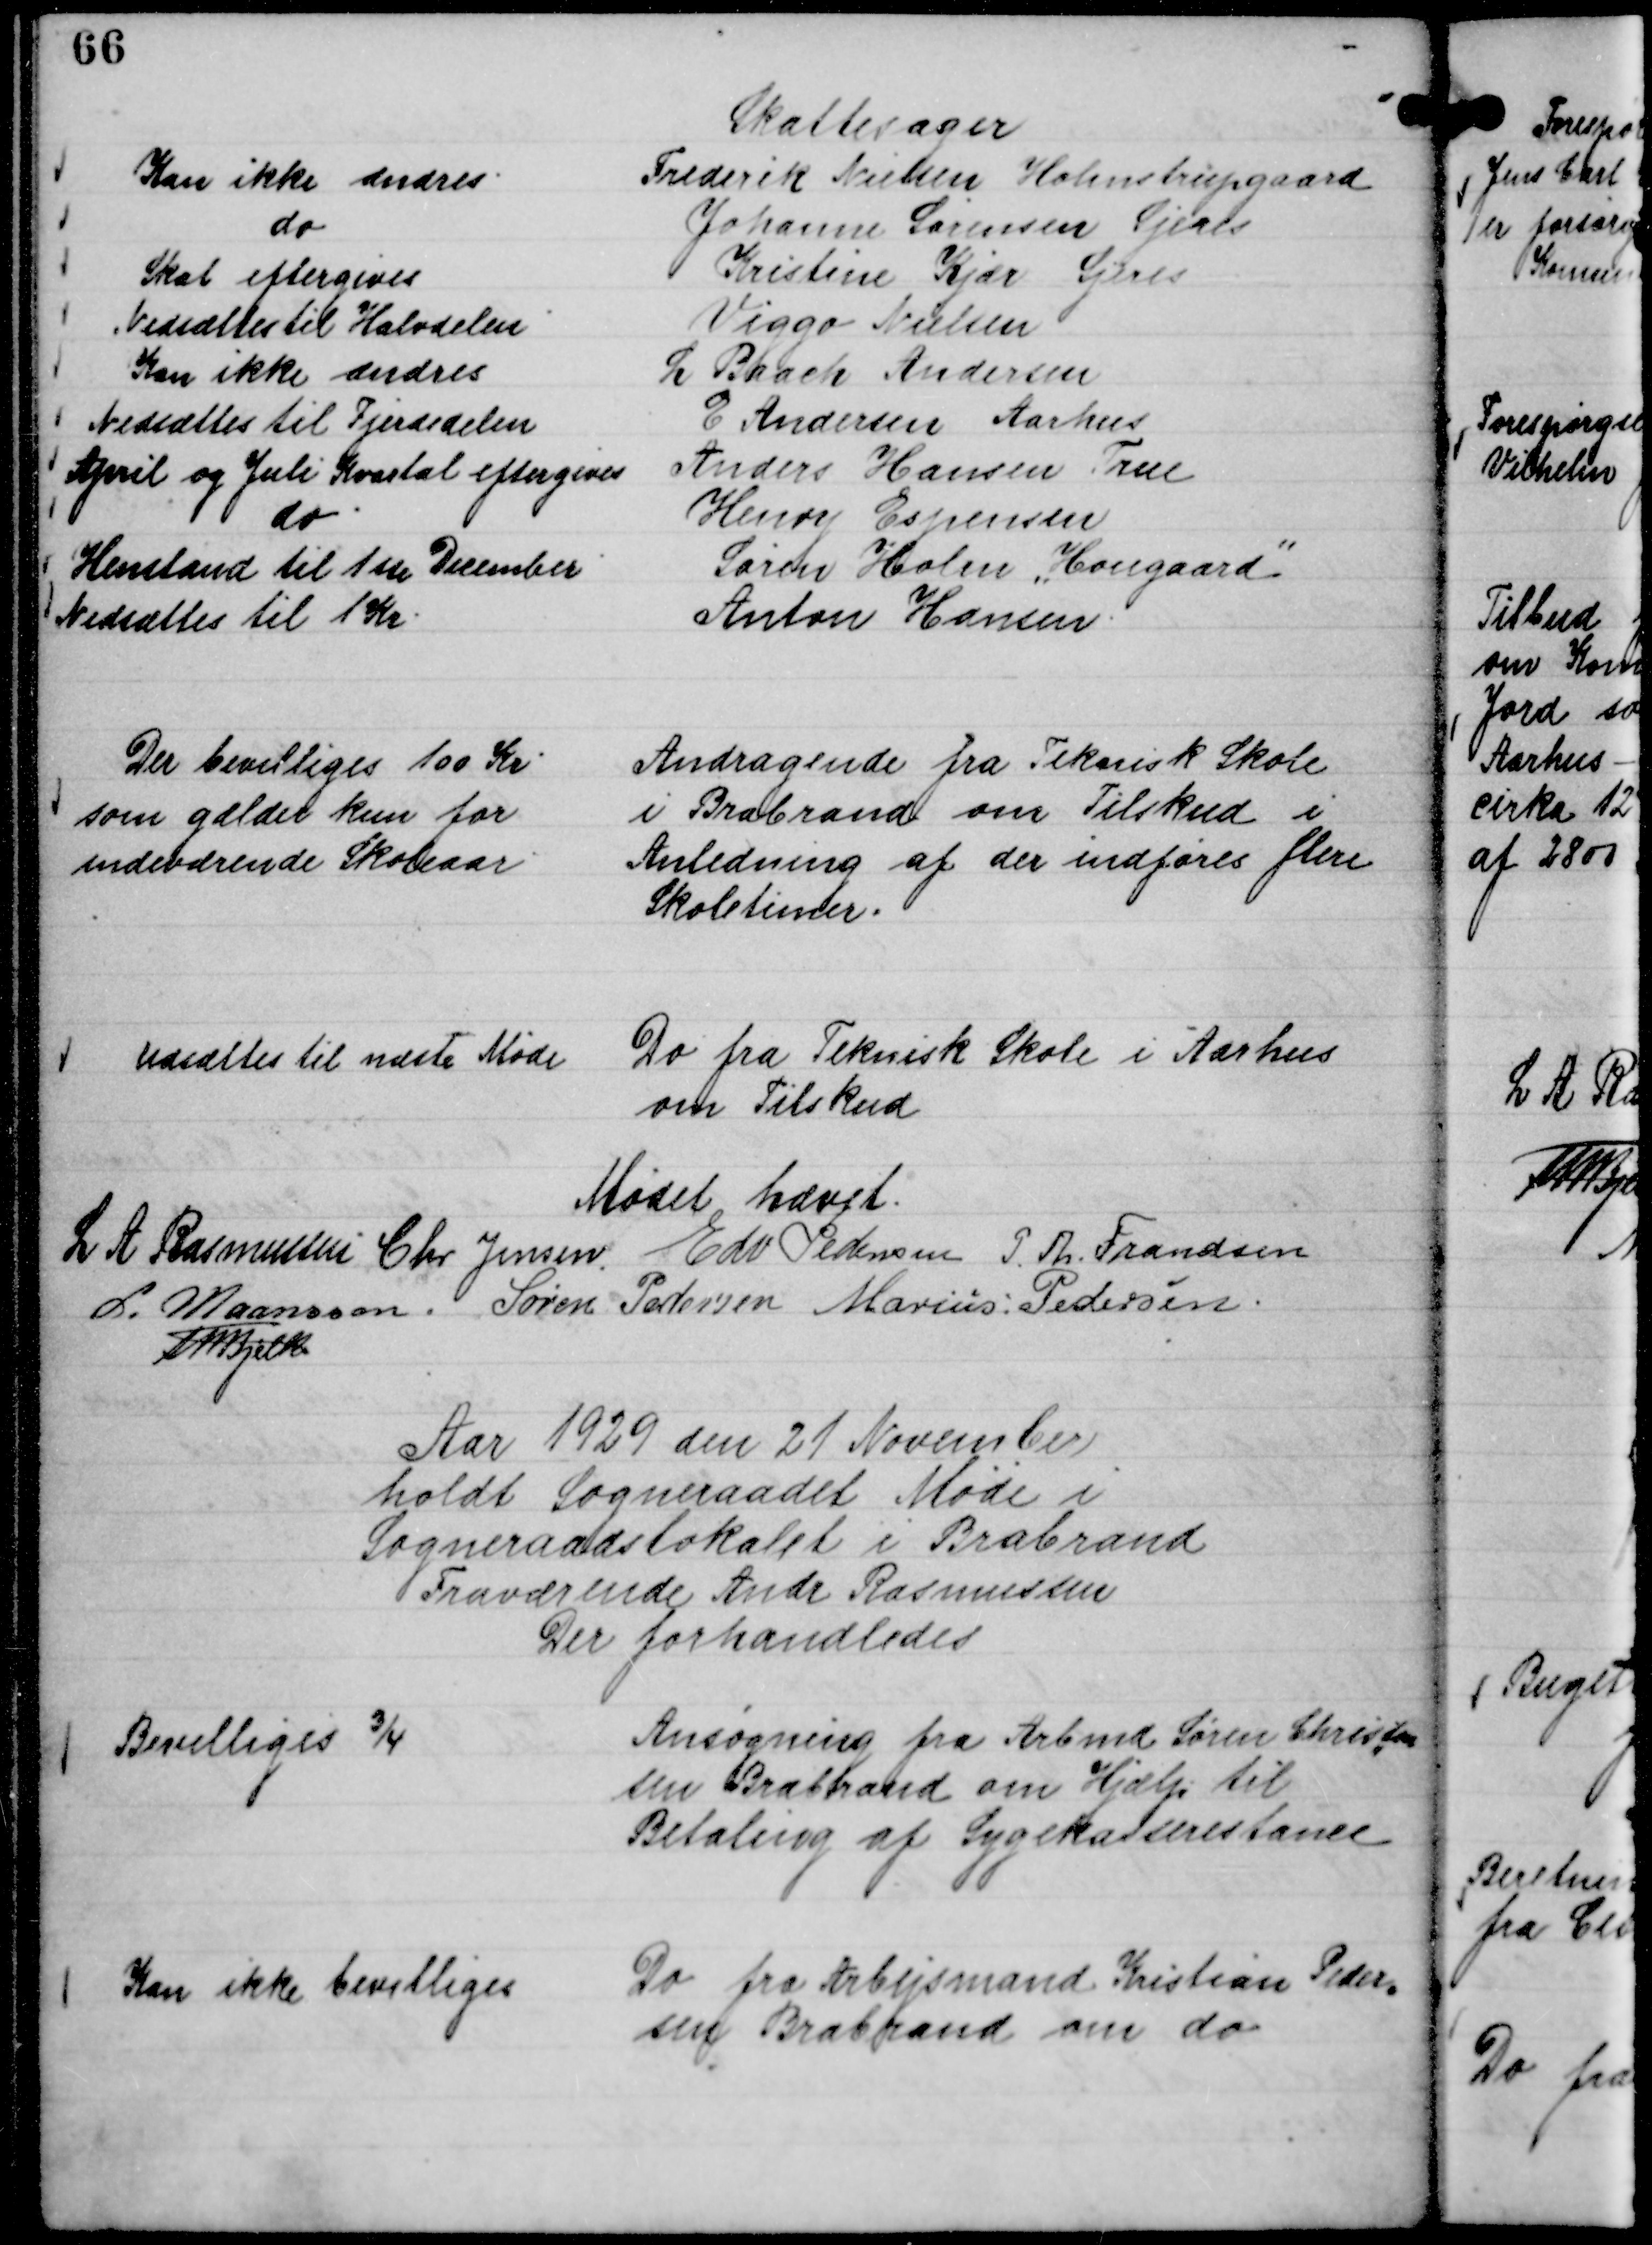
Transskription:
Skattesager
Frederik Nielsen Holmstrupgaard
Kan ikke ændres.
Johanne Sørensen Sjeres
do
Kristine Kjær Sjeres
Skat eftergives
Viggo Nielsen
Nedsættes til Halvdelen
L Baach Andersen
Kan ikke ændres
E Andersen Aarhus
Nedsættes til Fjerdedelen
Anders Hansen True
April og Juli Kvartal eftergives
Henry Espensen
do.
Søren Holm "Hougaard"

Henstand til 1 ste December
Anton Hansen.
Nedsættes til 1 Kr.

Andragende fra Teknisk Skole
i Brabrand om Tilskud i
Anledning af der indføres flere
Skoletimer.

Der bevilliges 100 Kr.
som gælder kun for
indeværende Skoleaar.

Do fra Teknisk Skole i Aarhus
om Tilskud

Udsættes til næste Møde

Mødet hævet.
L A Rasmussen
Chr Jensen.
Edv Pedersen
P. Th. Frandsen
L. Maansson.
Søren Pedersen
Marius Pedersen.
Th Bjelke

Aar 1929 den 21 November
holdt Sogneraadet Møde i
Sogneraadslokalet i Brabrand
Fraværende Andr Rasmussen
Der forhandledes

Ansøgning fra Arbmd Søren Christen

sen Brabrand om Hjælp til
Betaling af Sygekasserestance

Bevilliges ¾

Do fra Arbejsmand Kristian Peder,,
sen Brabrand om do

Kan ikke bevilliges